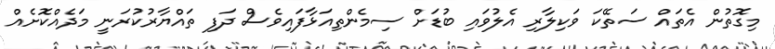
މިގޮތުން އެތައް ސަތޭކަ ވަކިލާރި އެލުވައި ބުޑަށް ސިމެންތިއަޅާފައިވެސް ދަފި ތައްޔާރުކުރަނީ މަދެއްކޮށެއް